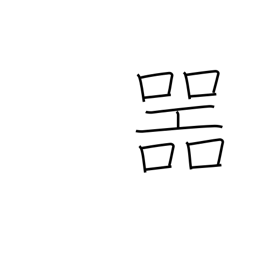
Meaning: receptacle